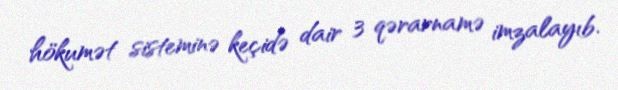
hökumət sisteminə keçidə dair 3 qərarnamə imzalayıb.